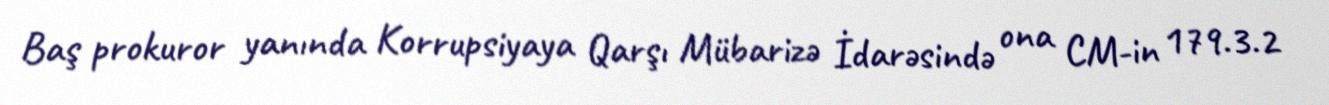
Baş prokuror yanında Korrupsiyaya Qarşı Mübarizə İdarəsində ona CM-in 179.3.2